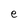
Character: e